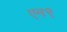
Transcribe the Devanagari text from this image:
एन९